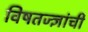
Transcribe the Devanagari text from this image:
विषतज्‍ज्ञांची